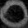
Digit: ၀